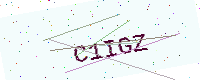
Text: C1IGZ